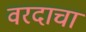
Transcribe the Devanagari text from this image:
वरदाचा